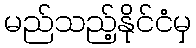
မည်သည့်နိုင်ငံမှ